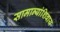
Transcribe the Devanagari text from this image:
सामान्यांशिवाय